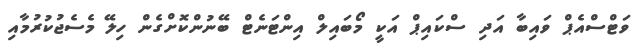
ވަޓްސްއެޕް ވައިބާ އަދި ސްކައިޕް އަކީ މޯބައިލް އިންޓަނެޓް ބޭނުންކޮށްގެން ހިލޭ މެސެޖުކުރުމާއި